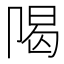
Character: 𱑙